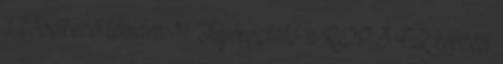
a következő témára: "1 Tájékoztató a ROP 3.4.2 képzési